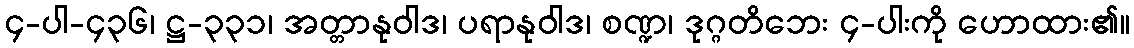
၄-ပါ-၄၃၆၊ ဋ္ဌ-၃၃၁၊ အတ္တာနုဝါဒ၊ ပရာနုဝါဒ၊ စဏ္ဍ၊ ဒုဂ္ဂတိဘေး ၄-ပါးကို ဟောထား၏။